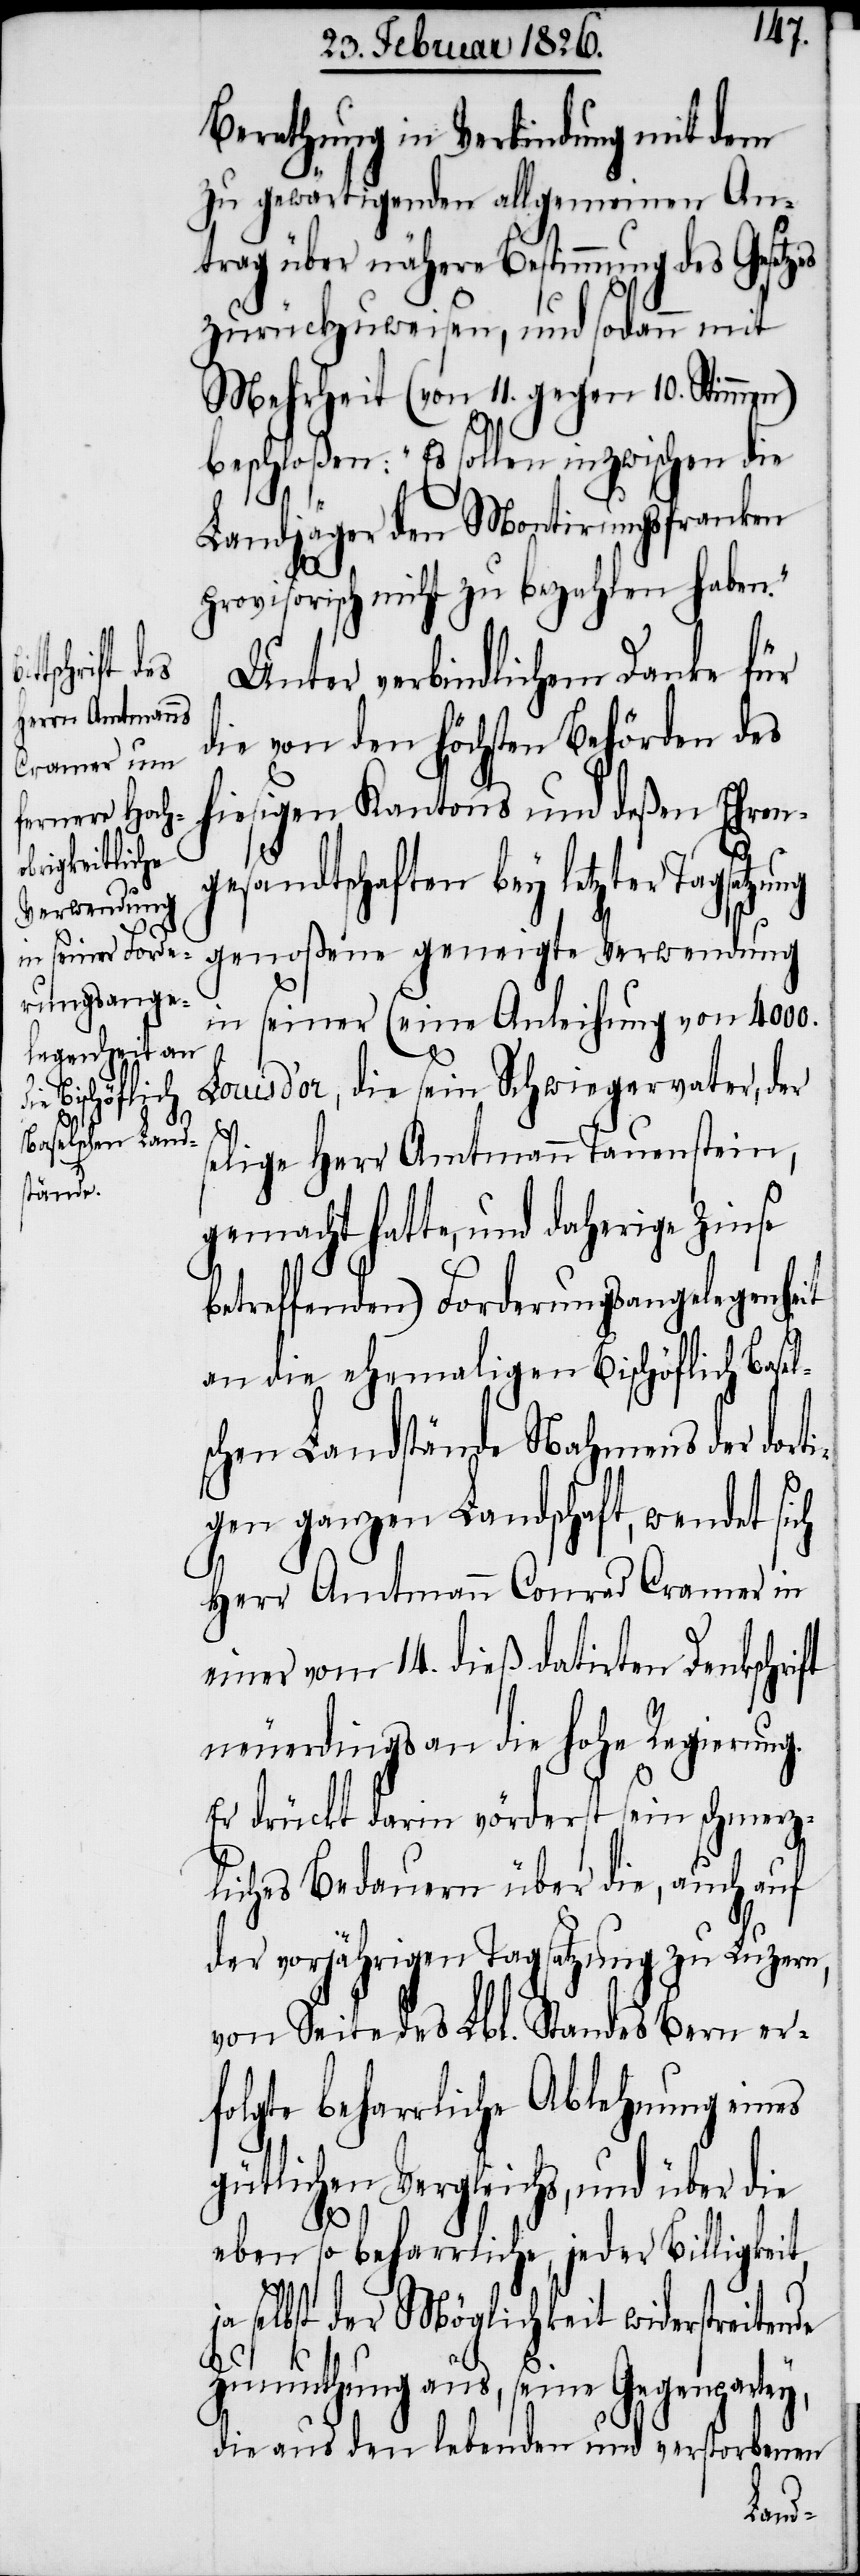
Berathung in Verbindung mit dem
zu gewärtigenden allgemeinen An¬
trag über nähere Bestimmung des Gesetz¬
zurückzuweisen, und sodann mit
Mehrheit (von 11. gegen 10. Stimmen)
beschloßen: „Es sollen inzwischen die
Landjäger den Montirungsfranken
ung
provisorisch nicht zu bezahlen haben.“
Unter verbindlichem Danke für
die von den höchsten Behörden des
hiesigen Kantons und deßen Ehren¬
gesandtschaften bey letzter Tagsatz¬
genoßene geneigte Verwendung
in seiner (eine Anleihung von 4000.
Louis d’or, die sein Schwiegervater, der
selige Herr Amtmann Tauenstein,
gemacht hatte, und daherige Zinse
es
betreffenden) Forderungsangelegenheit
an die ehemaligen Bischöflich Basel¬
schen Landstände Nahmens der dort¬
igen ganzen Landschaft, wendet sich
Herr Amtmann Conrad Cramer in
einer vom 14. dieß datirten Denkschrift
neuerdings an die hohe Regierung.
Er drückt darin vörderst sein schmerz¬
liches Bedauern über die, auch auf
der vorjährigen Tagsatzung zu Luzern,
von Seite des Lbl. Standes Bern er¬
folgte beharrliche Ablehnung eines
gütlichen Vergleichs, und über die
eben so beharrliche, jeder Billigkeit,
selbst der Möglichkeit widerstreitende
Zumuthung aus, seine Gegenpartey,
die aus den lebenden und verstorbenen